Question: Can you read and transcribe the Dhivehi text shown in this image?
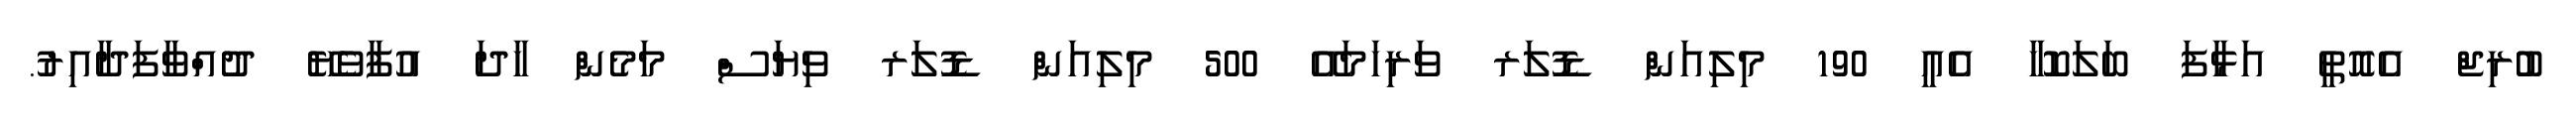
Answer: ބުރިޖް އެއޮތީ އަޅާފަ ބަލަކޮހާ އެއީ 190 މިލިއަން ޑޮލަރ ވަރިހަމައޭ 500 މިލިއަން ޑޮލަރ ވިޔަސް މަމެން ހާދަ އުފާވެޔޭ ދުއްވާފަދާއިރު.